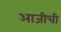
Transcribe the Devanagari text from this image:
आजीची